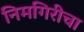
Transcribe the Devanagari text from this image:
निमगिरीचा